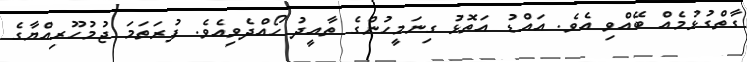
ގާތްގުޅުމެއް ބޭއްވި އެވެ. އައްޑު އަތޮޅު ގިނަމީހުންގެ ތާއީދު ހޯއްދެވިއެވެ. ފުރަތަމަ ޖުމުހޫރިއްޔާގެ